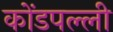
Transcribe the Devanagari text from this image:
कोंडपल्ली